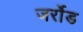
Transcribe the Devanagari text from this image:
जर्रोड